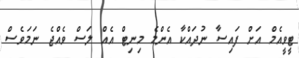
ޓީވީއެމް އަށް ފައިސާ ނުދައްކާ އެންމެ މިނިޓް އެއް ލަސް ވެެއްޖެ ނަމަވެސް